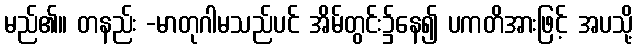
မည်၏။ တနည်း -မာတုဂါမသည်ပင် အိမ်တွင်း၌နေ၍ ပကတိအားဖြင့် အပသို့